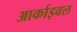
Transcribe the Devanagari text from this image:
आर्काइवल